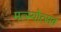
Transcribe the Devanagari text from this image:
मत्स्योत्सव